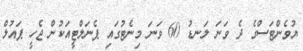
ޔުވެންޓަސްގެ ދެ ވަނަ ލަނޑު 60 ވަނަ މިނެޓުގައި ޕެނަލްޓީއަކުން ޖެހީ ޕައުލް